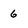
Character: 6